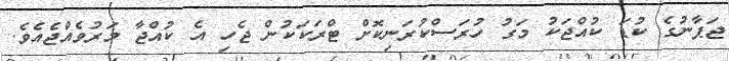
ޖަޕާނުގެ ކުޑަ ކުއްޖަކު މަގު ހުރަސްކުރަނިކޮށް ޓްރަކަކުން ޖެހި އެ ކުއްޖާ މަރުވެއްޖެއެވެ.